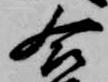
合